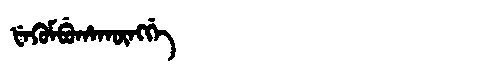
Manchu: ᡶᡝᡴᡠᠮᠪᡠᡥᠠᡴᡡᠩᡤᡝ
Romanization: FEKUMBUHAKŪNGGE